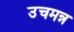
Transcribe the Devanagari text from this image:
उचमन्न